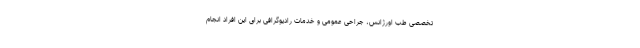
تخصصی طب اورژانس، جراحی عمومی و خدمات رادیوگرافی برای این افراد انجام